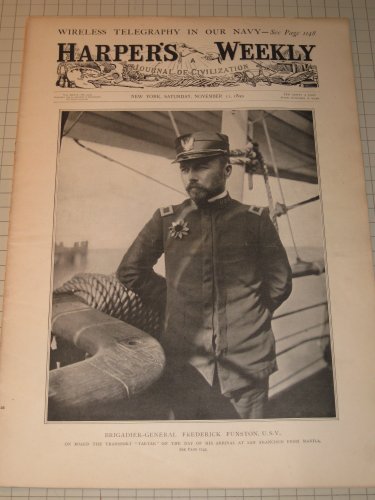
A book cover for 1899 Harper's Weekly: Boer War Map - Paris Exposition - Wireless Telegraphy - Guam; E.S. Martin; Travel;